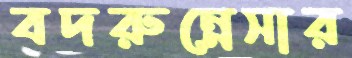
বদরুন্নেসার